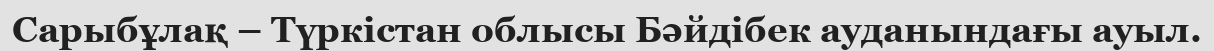
Сарыбұлақ – Түркістан облысы Бәйдібек ауданындағы ауыл.